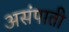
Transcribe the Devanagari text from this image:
असंपाती